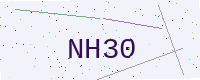
Text: NH30